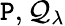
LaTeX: \mathtt{P},\mathcal{{Q}}_{\lambda}